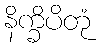
နိက္ခိပိတုံ